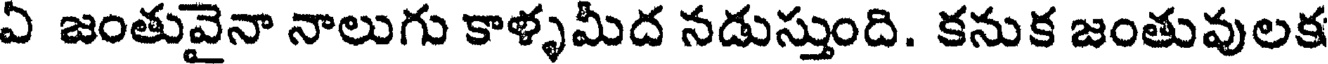
ఏ జంతువైనా నాలుగు కాళ్ళమీద నడుస్తుంది. కనుక జంతువులక